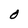
Character: O